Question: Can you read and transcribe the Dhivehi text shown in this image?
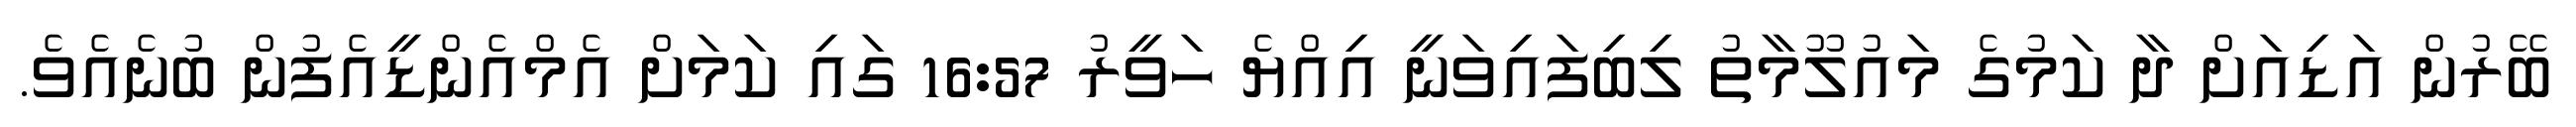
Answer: ބޭރުން އަޑިއަށް ދާ ކަމުގެ މައުލޫމާތު ލިބިފައިވަނީ އިއްޔެ ހަވީރު 16:57 ގައި ކަމަށް އެމްއެންޑީއެފުން ބުނެއެވެ.